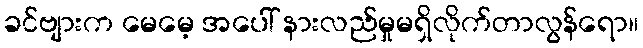
ခင်ဗျားက မေမေ့ အပေါ် နားလည်မှုမရှိလိုက်တာလွန်ရော။